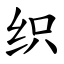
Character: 织